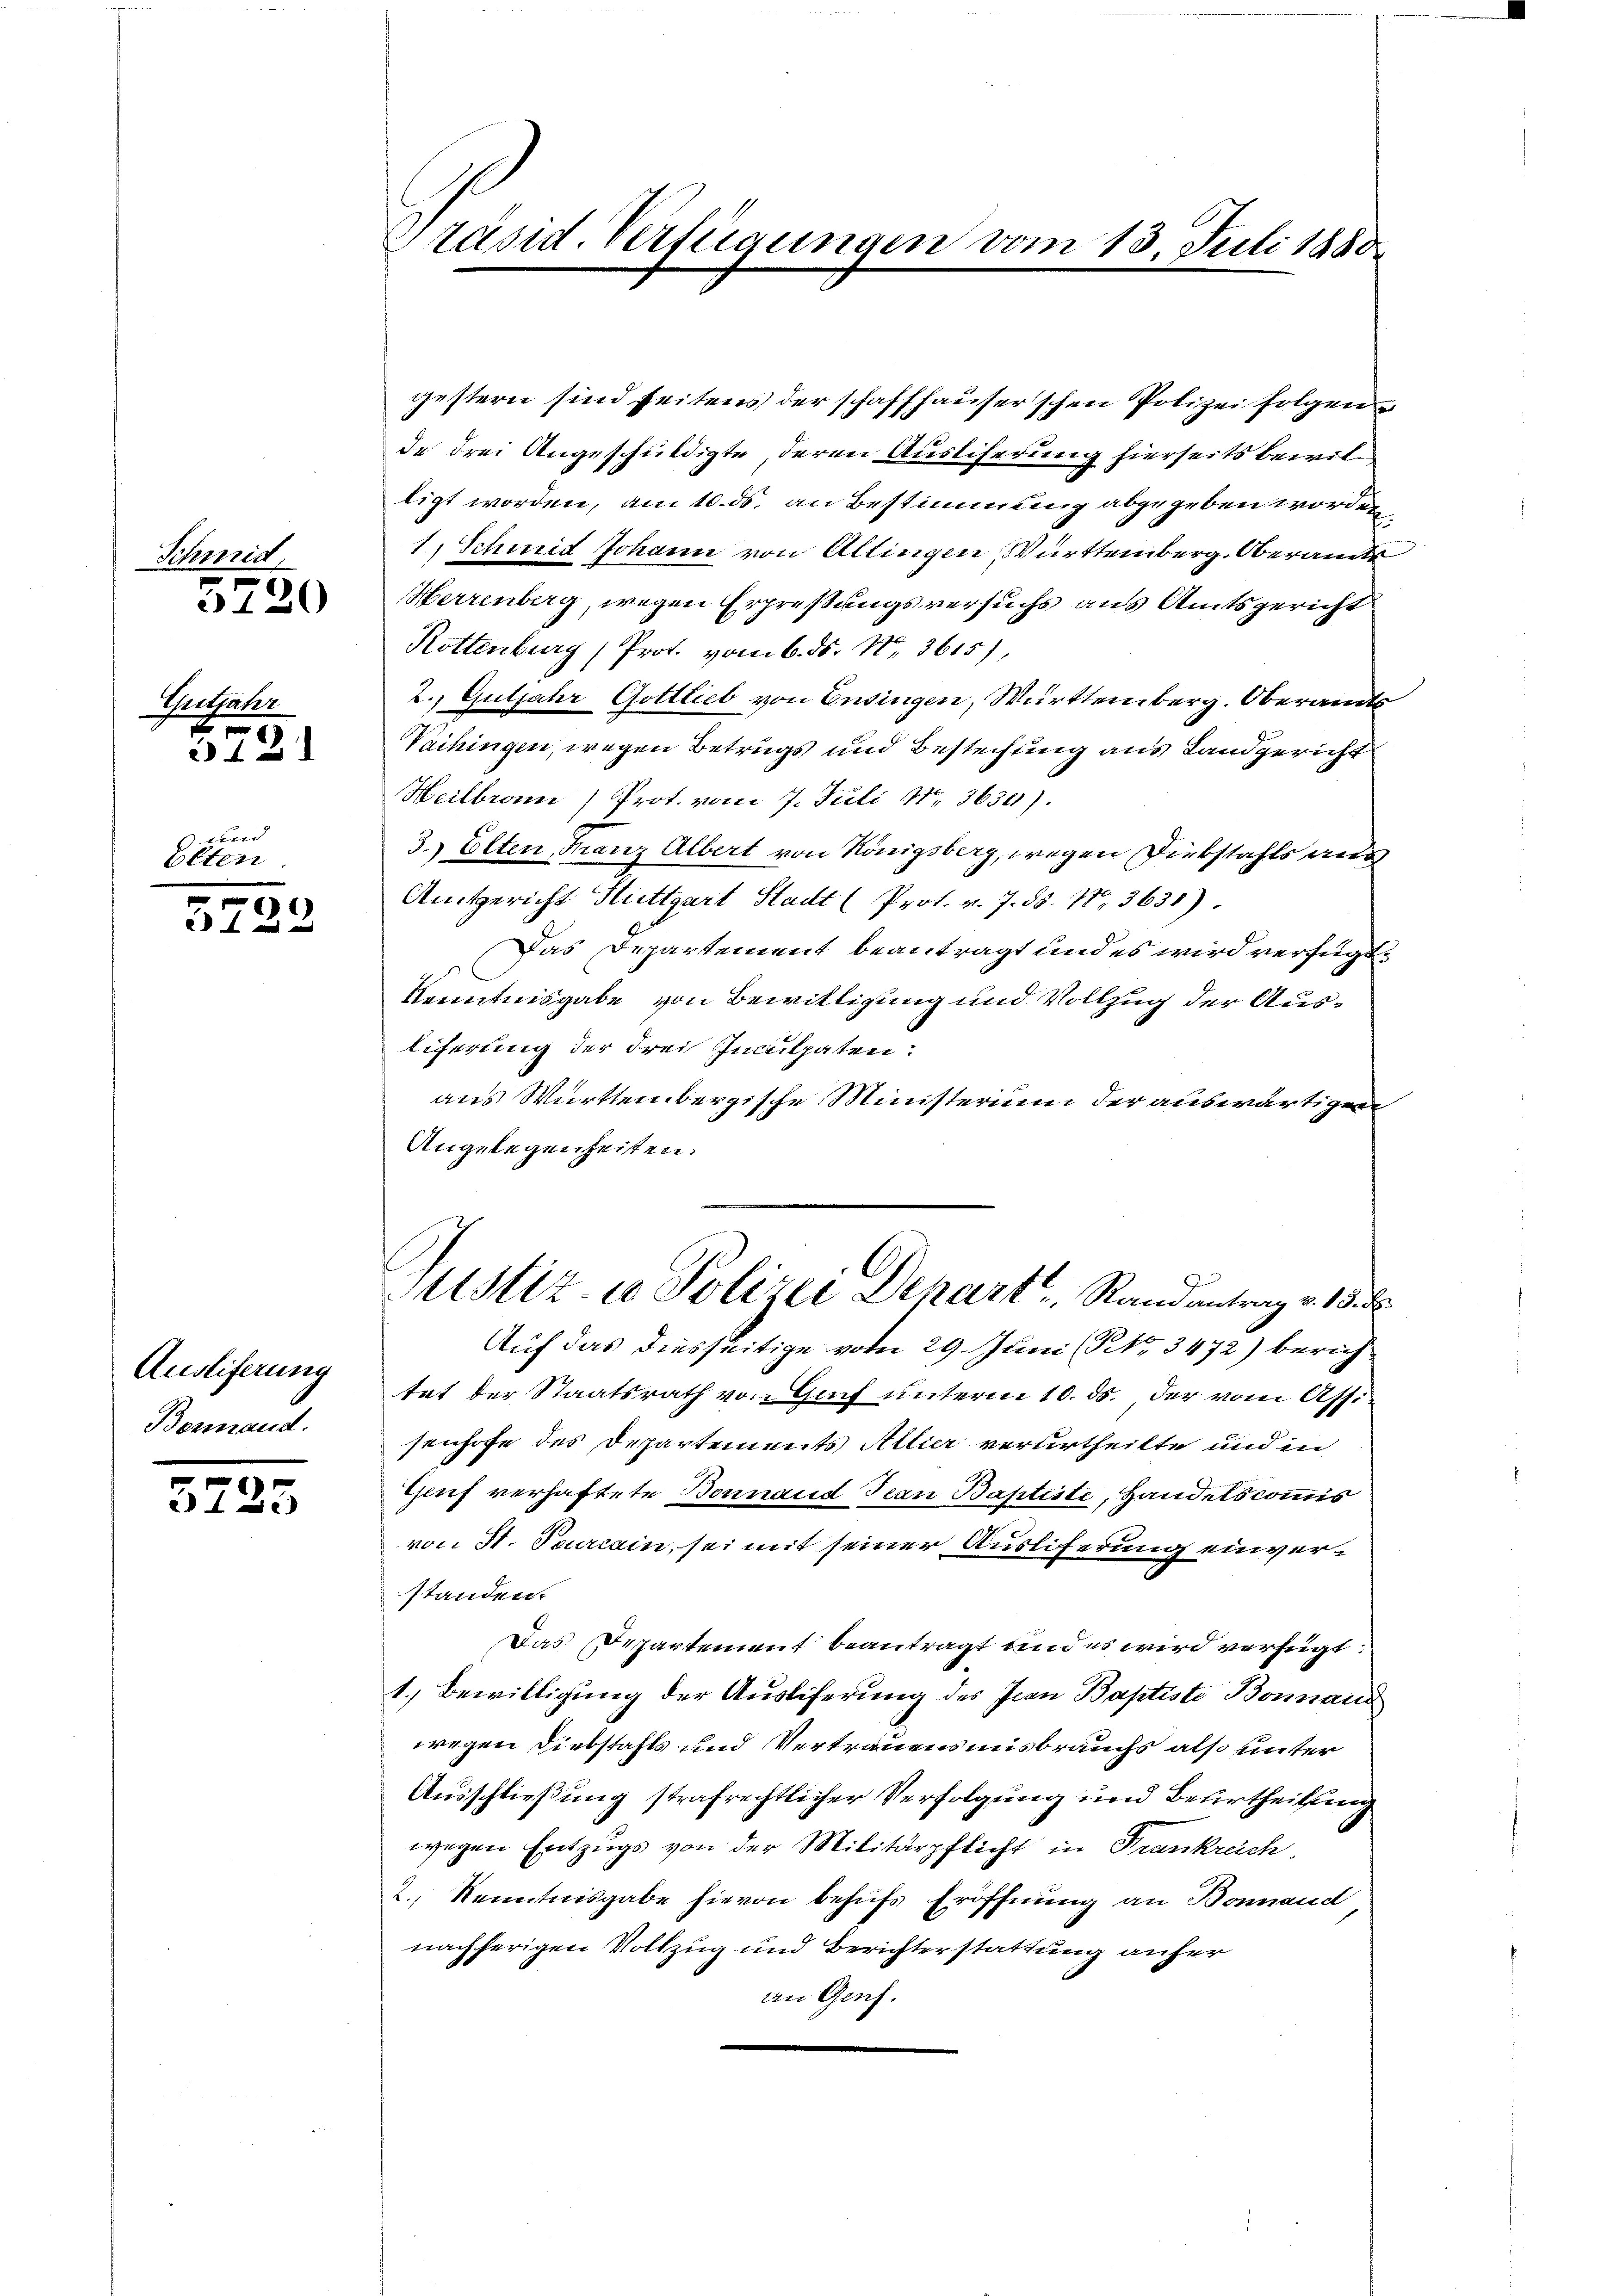
Schmid,

1ten
Elten

5220

Gitjahr

5721

50
 f 4 x

Ausliferung
Bermand.

5725

Präsid. Verfügungen vom 13. Juli 1880

gestern sind seitens der schaffhauserschen Polizei folgen
de drei Angeschuldigte, deren Austiferung hierseits bewil
ligt worden, am 10. ds. an Bestimmung abgegeben worden
1, Schmid Johann von Altingen Württemberg. Oberamts
HHerrenberg, wegen Erpressungsversuchs aus Amtsgericht
Rottenburg (Prot. vom 6. ds. No. 3615),
2.) Gutjahr Gottlieb von Ensingen, Württemberg. Oberamts
Vaihingen, wegen Betrugs und Bestechung aus Landgericht
Heilbronn ) Prot. vom 7. Juli 18. 3630).
3.) Elten Franz Albert von Königsberg, wegen Diebstahls aus
Amtgericht Stuttgart Stadt (Prot. v. J. ds. Nr. 3631)
Das Departement beantragt und es wird verfügt,
Kenntnisgabe von Bewilligung und Vollzug der Auslicherung der drei Inculpaten:
aus Württembergische Ministerium der auswärtigen
Angelegenheiten.
Custiz- u Polizei Dehart Randantrag v. 15.
Auf das diesseitige vom 29. Juni (NNo. 3472) berich
tet der Staatsrath von Genf unterm 10. ds., der vom Assi
senhofe des Departements Allier verurtheilte und in
Geuf verhaftete Bonnand Jean Baptiste, Handelscommis
von St. Pourcain, sei mit seiner Ausliferung einverstanden.
Das Departement beantragt und es wird verfügt:
1.) Bewilligung der Ausliferung des Jean Baptiste Bonnan
wegen Diebstahls und Vertrauensmisbrauchs also unter
Ausschließung strafrechtlicher Verfolgung und Beurtheilung
wegen Entzugs von der Militärpflicht in Frankreich
2. Kenntnisgabe hievon behufs Eröffnung an Bonnand
nachherigen Vollzug und Berichterstattung anfer
an Genf.